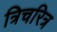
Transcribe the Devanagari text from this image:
त्रिचरित्र